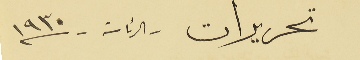
تحريرات - الرئاسة - سنة ١٩٣٠